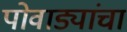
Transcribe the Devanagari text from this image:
पोवाड्यांचा